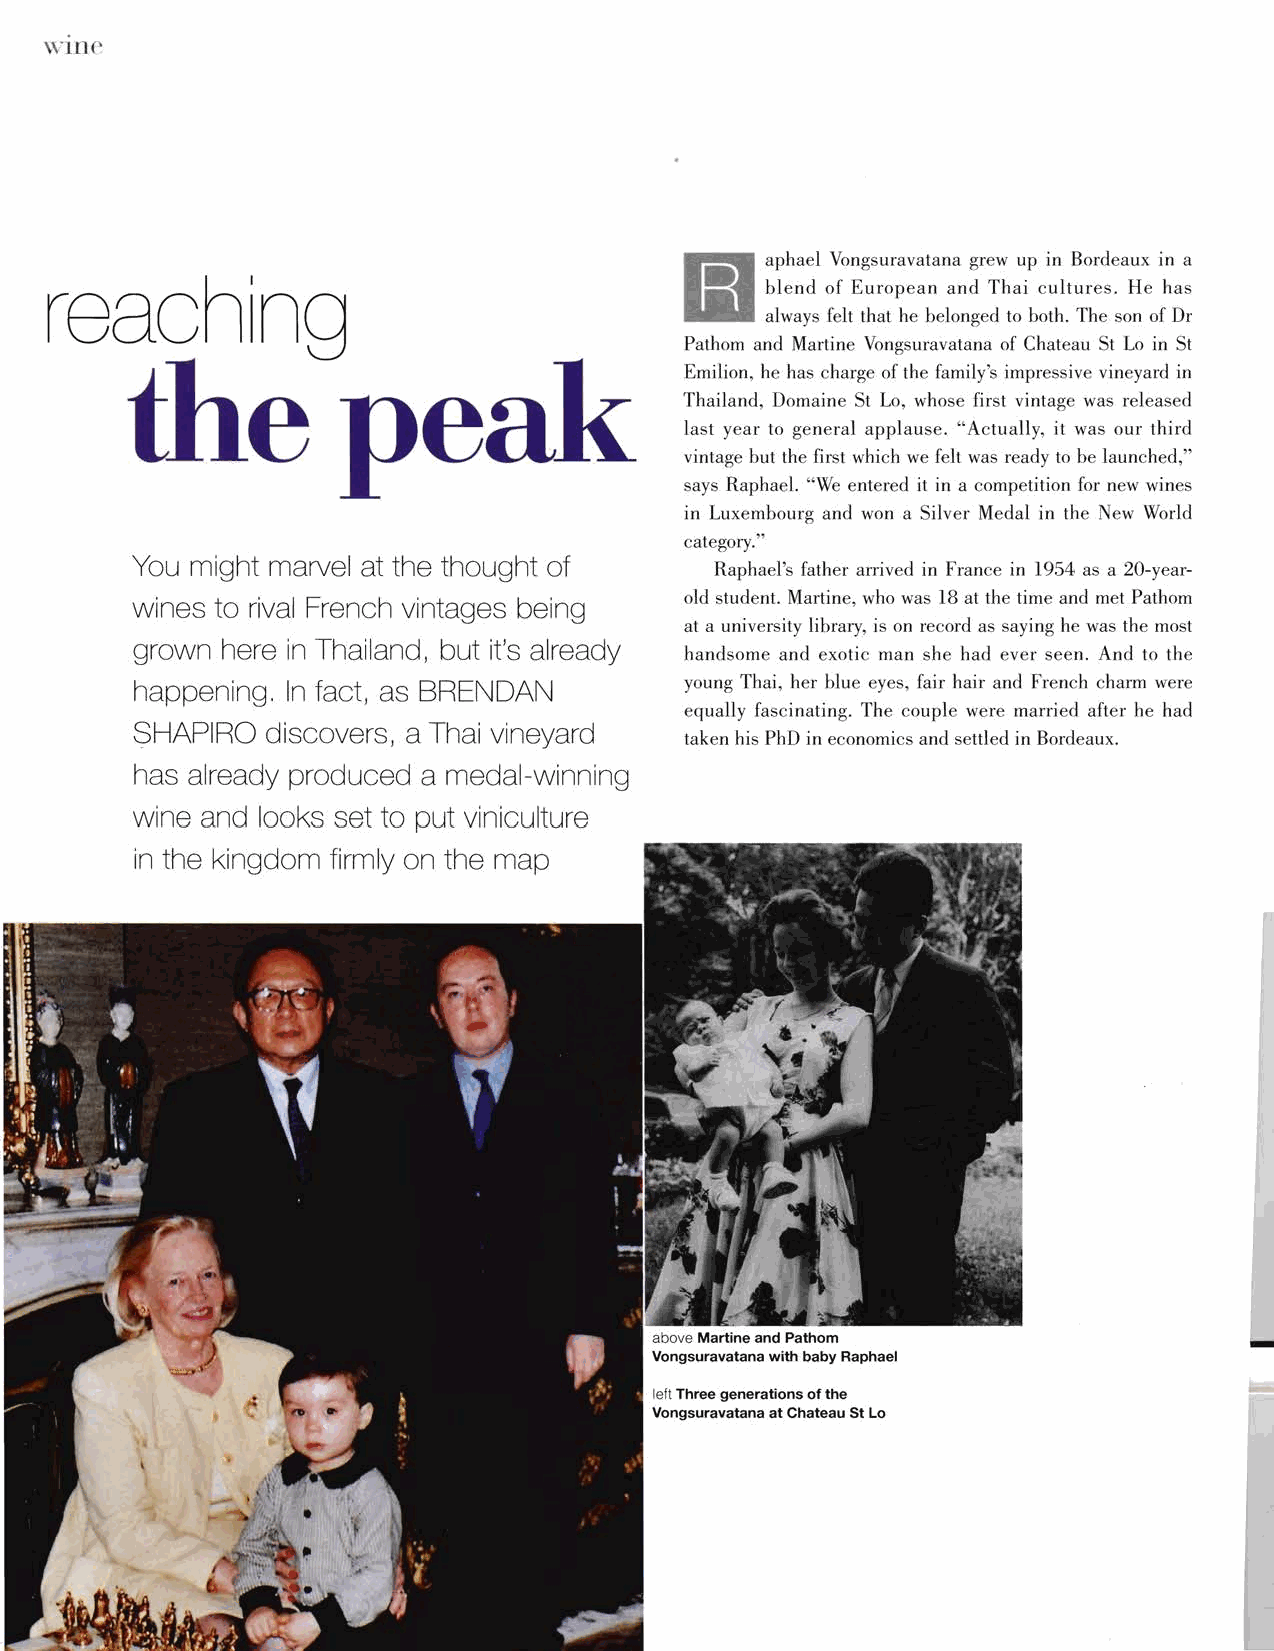
\VIne
 I  l
 aphael Vongsuravatana grew up in Bordeaux in a
 reaching
 blend of European and Thai cultures. He has
 always felt that he belonged to both. The son of Dr
 Pathom and Martine Vongsuravatana of Chateau St Lo in St
 the           peak
 Emilion, he has charge of the family's impressive vineyard in
 Thailand, Domaine St Lo, whose first vintage was released
 last year to general applause. "Actually, it was our third
 vintage but the first which we felt was ready to be launched,"
 says Raphael. "We entered it in a competition for new wines
 in Luxembourg and won a Silver Medal in the New World
 category."
 You might marvel at the thought of
 Raphael's father arrived in France in 1954 as a 20-year
 old student. Martine, who was 18 at the time and met Pathom
 wines to rival French vintages being
 at a university library, is on record as saying he was the most
 grown here in Thailand, but it's already
 handsome and exotic man she had ever seen. And to the
 happening. ln fa ct, as BRENDAN     young Thai, her blue eyes, fair hair and French charm were
 equally fascinating. The couple were married after he had
 SHAPIRO  discovers, a Thai vineyard
 taken his PhD in economies and settled in Bordeaux.
 has already produced a medal-winning
 wine and looks set to put viniculture
 in the kingdom firmly on the map
 -
 Vongsuravatana with baby Raphael
 left Three generations of the
 Vongsuravatana at Chateau St Lo